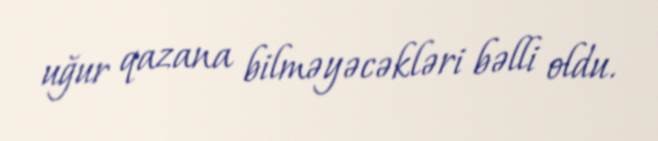
uğur qazana bilməyəcəkləri bəlli oldu.